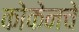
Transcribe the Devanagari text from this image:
कोकेनचे